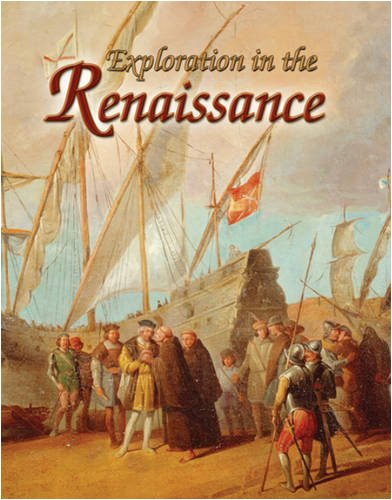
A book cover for Exploration in the Renaissance (Renaissance World); Lynne Elliott; Children's Books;